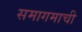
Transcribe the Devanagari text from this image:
समागमाची